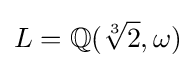
L=\mathbb {Q} ({\sqrt[{3}]{2}},\omega )